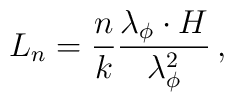
L_{n}=\frac{n}{k}\frac{\lambda _{\phi }\cdot H}{\lambda _{\phi }^{2}}\, ,